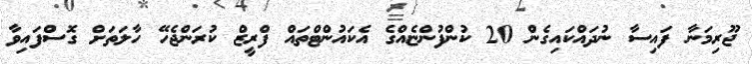
ޖޫރިމަނާ ފައިސާ ނުދައްކައިގެން 20 ކުންފުންޏެއްގެ އެކައުންޓްތައް ފްރީޒް ކުރަންޖެހޭ ހާލަތަށް ގޮސްފައިވާ